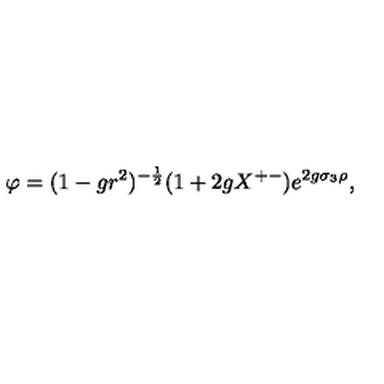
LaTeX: \varphi = ( 1 - g r ^ { 2 } ) ^ { - { \frac { 1 } { 2 } } } ( 1 + 2 g X ^ { + - } ) e ^ { 2 g \sigma _ { 3 } \rho } ,